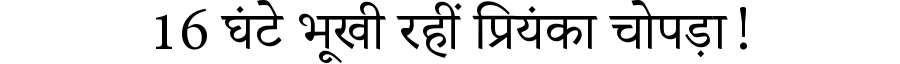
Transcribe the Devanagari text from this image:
16 घंटे भूखी रहीं प्रियंका चोपड़ा!